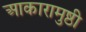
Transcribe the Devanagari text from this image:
आकारामुष्ठी